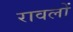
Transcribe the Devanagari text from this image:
रावलों